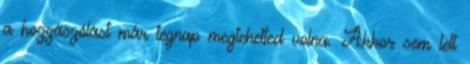
a hozzászólást már tegnap megtehetted volna. Akkor sem lett